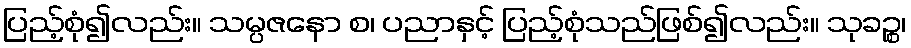
ပြည့်စုံ၍လည်း။ သမ္ပဇနော စ၊ ပညာနှင့် ပြည့်စုံသည်ဖြစ်၍လည်း။ သုခဉ္စ၊